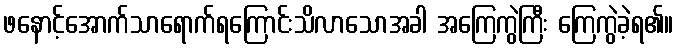
ဖနောင့်အောက်သာရောက်ရကြောင်းသိလာသောအခါ အကြေကွဲကြီး ကြေကွဲခဲ့ရ၏။